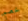
خصم